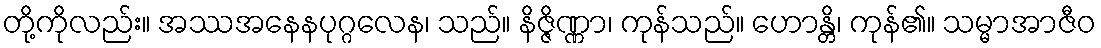
တို့ကိုလည်း။ အဿအနေနပုဂ္ဂလေန၊ သည်။ နိဇ္ဇိဏ္ဏာ၊ ကုန်သည်။ ဟောန္တိ၊ ကုန်၏။ သမ္မာအာဇီဝ